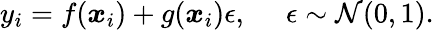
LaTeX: \begin{array}{r}{y_{i}=f(\boldsymbol{x}_{i})+g(\boldsymbol{x}_{i})\epsilon,\: \: \: \: \: \: \epsilon\sim\mathcal{N}(0,1).}\end{array}